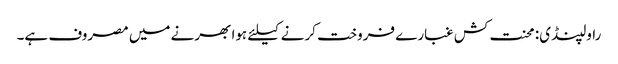
راولپنڈی: محنت کش غبارے فروخت کرنے کیلئے ہوا بھرنے میں مصروف ہے۔